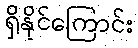
ရှိနိုင်ကြောင်း